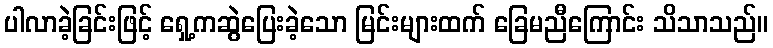
ပါလာခဲ့ခြင်းဖြင့် ရှေ့ကဆွဲပြေးခဲ့သော မြင်းများထက် ခြေမညီကြောင်း သိသာသည်။